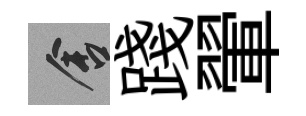
舍踐翬